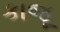
કાજૂ